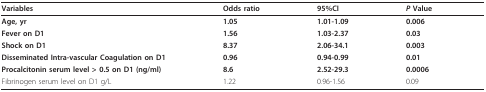
| Variables | Odds ratio | 95%CI | P Value |
 | --- | --- | --- | --- |
 | Age, yr | 1.05 | 1.01-1.09 | 0.006 |
 | Fever on D1 | 1.56 | 1.03-2.37 | 0.03 |
 | Shock on D1 | 8.37 | 2.06-34.1 | 0.003 |
 | Disseminated Intra-vascular Coagulation on D1 | 0.96 | 0.94-0.99 | 0.01 |
 | Procalcitonin serum level > 0.5 on D1 (ng/ml) | 8.6 | 2.52-29.3 | 0.0006 |
 | Fibrinogen serum level on D1 g/L | 1.22 | 0.96-1.56 | 0.09 |